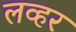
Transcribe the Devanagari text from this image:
लव्हर